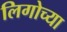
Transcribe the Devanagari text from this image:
लिगोच्या